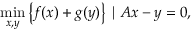
\operatorname* { m i n } _ { x , y } \left\{ f ( x ) + g ( y ) \right\} \; | \; A x - y = 0 ,